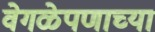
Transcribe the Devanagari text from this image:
वेगळेपणाच्या